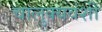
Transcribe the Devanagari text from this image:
चालुक्यवंशी